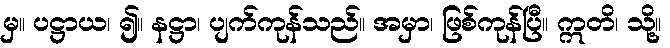
မှ။ ပဋ္ဌာယ၊ ၍။ နဋ္ဌာ၊ ပျက်ကုန်သည်။ အမှာ၊ ဖြစ်ကုန်ပြီ။ ဣတိ၊ သို့။